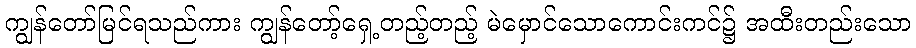
ကျွန်တော်မြင်ရသည်ကား ကျွန်တော့်ရှေ့တည့်တည့် မဲမှောင်သောကောင်းကင်၌ အထီးတည်းသော